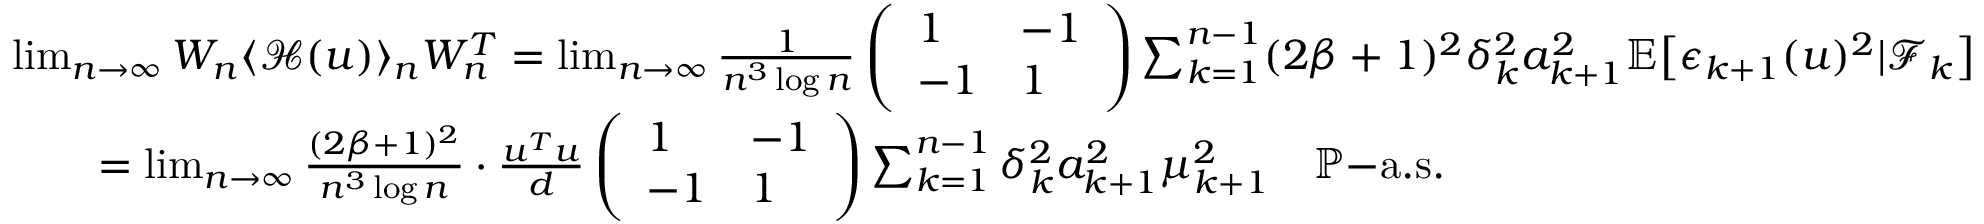
\begin{array} { r l } & { \operatorname* { l i m } _ { n \to \infty } W _ { n } \langle \mathcal { H } ( u ) \rangle _ { n } W _ { n } ^ { T } = \operatorname* { l i m } _ { n \to \infty } \frac { 1 } { n ^ { 3 } \log n } \left( \begin{array} { l l } { 1 } & { - 1 } \\ { - 1 } & { 1 } \end{array} \right) \sum _ { k = 1 } ^ { n - 1 } ( 2 \beta + 1 ) ^ { 2 } \delta _ { k } ^ { 2 } a _ { k + 1 } ^ { 2 } \mathbb { E } \big [ \epsilon _ { k + 1 } ( u ) ^ { 2 } | \mathcal { F } _ { k } \big ] } \\ & { \quad \quad = \operatorname* { l i m } _ { n \to \infty } \frac { ( 2 \beta + 1 ) ^ { 2 } } { n ^ { 3 } \log n } \cdot \frac { u ^ { T } u } { d } \left( \begin{array} { l l } { 1 } & { - 1 } \\ { - 1 } & { 1 } \end{array} \right) \sum _ { k = 1 } ^ { n - 1 } \delta _ { k } ^ { 2 } a _ { k + 1 } ^ { 2 } \mu _ { k + 1 } ^ { 2 } \quad \mathbb { P } \mathrm { - a . s . } } \end{array}